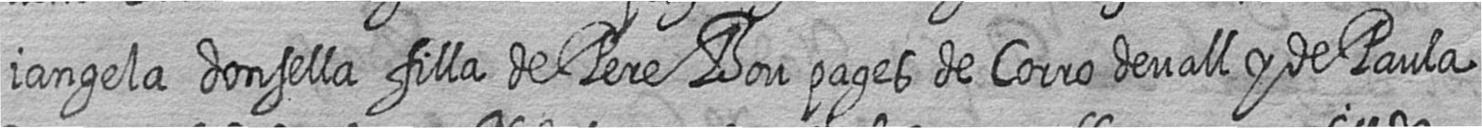
iangela donsella filla de Pere Bou pages de Corro devall y de Paula